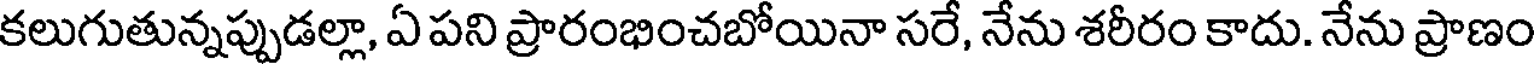
కలుగుతున్నప్పుడల్లా, ఏ పని ప్రారంభించబోయినా సరే, నేను శరీరం కాదు. నేను ప్రాణం